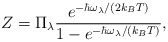
\begin{align*}Z = \Pi_{\lambda}\frac{e^{-\hbar\omega_{\lambda}/(2k_B T)}}{1-e^{-\hbar\omega_{\lambda}/(k_B T)}},\end{align*}